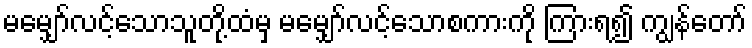
မမျှော်လင့်သောသူတို့ထံမှ မမျှော်လင့်သောစကားကို ကြားရ၍ ကျွန်တော်